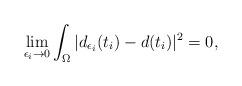
LaTeX: \begin{align*}\lim_{\epsilon_i\rightarrow 0}\int_{\Omega}|d_{\epsilon_i}(t_i)-d(t_i)|^2=0,\end{align*}